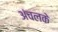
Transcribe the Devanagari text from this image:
अंचलके